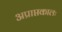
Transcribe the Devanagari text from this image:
अप्राप्तकालः